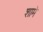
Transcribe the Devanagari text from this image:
शामे